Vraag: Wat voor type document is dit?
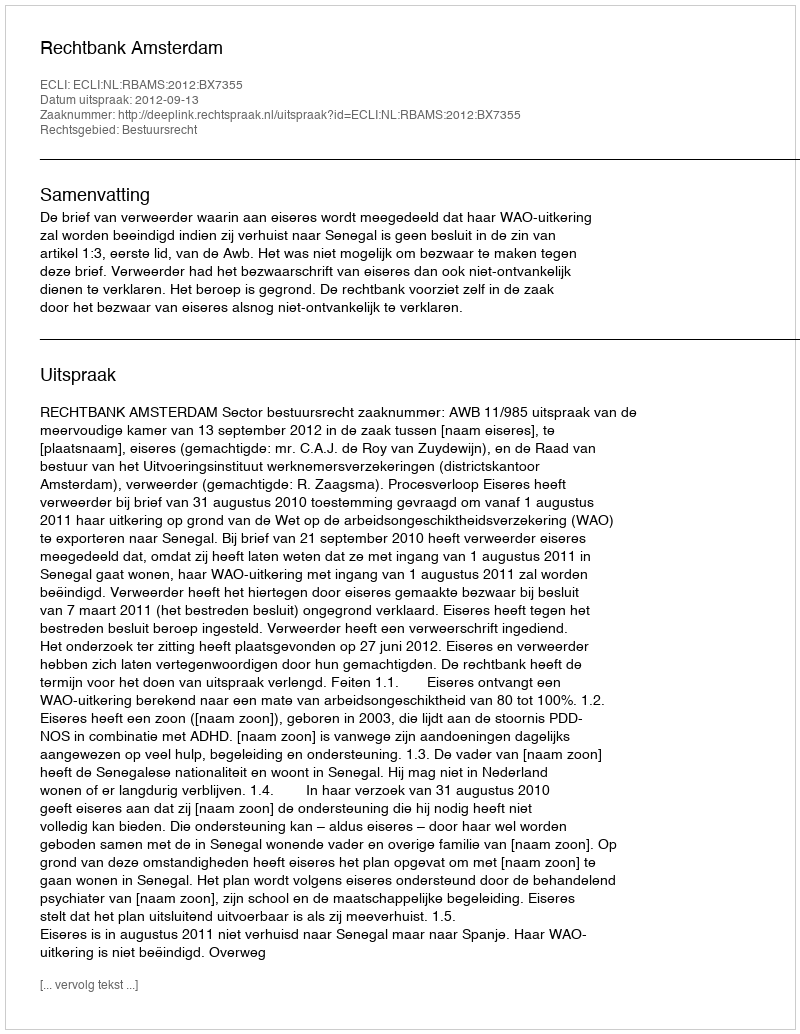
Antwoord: Uitspraak